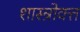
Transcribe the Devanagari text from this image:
शास्‍त्रोक्‍त